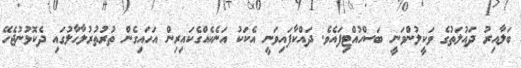
ބަލާއިރު ދައުލަތުގެ ވަކީލުންވަނީ ބަސްހުއްޓިފައެވެ. ދައްކާފައިވަނީ އެކަކު އަނެކެއްގެކައިރިން އަހައިގެން ތުރުތުރުލާޙާލުގައި ދެކޮޅުނުޖެހޭ